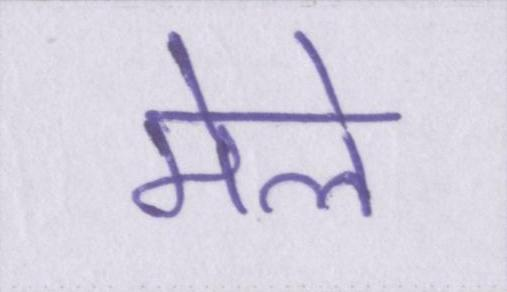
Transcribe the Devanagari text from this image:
मेले